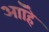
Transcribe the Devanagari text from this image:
आॉहे